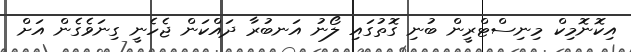
އިކޮނޮމިކް މިނިސްޓްރީން ބުނި ގޮތުގައި ލޯނު އަނބުރާ ދައްކަން ޖެހެނީ ގިނަވެގެން އަށް